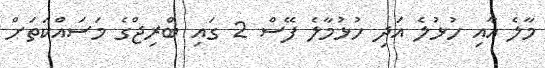
މާލެ އާއި ހުޅުލެ އަދި ހުޅުމާލެ ފޭސް 2 ގައި ބްރިޖްގެ މަސައްކަތަށް